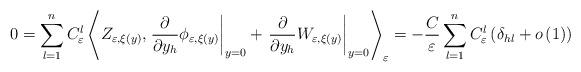
LaTeX: \begin{align*}0=\sum_{l=1}^{n}C_{\varepsilon}^{l}\left\langle Z_{\varepsilon,\xi(y)},\left.\frac{\partial}{\partial y_{h}}\phi_{\varepsilon,\xi(y)}\right\vert_{y=0}+\left. \frac{\partial}{\partial y_{h}}W_{\varepsilon,\xi(y)}\right\vert _{y=0}\right\rangle _{\varepsilon}=-\frac{C}{\varepsilon}\sum_{l=1}^{n}C_{\varepsilon}^{l}\left( \delta_{hl}+o\left( 1\right)\right)\end{align*}